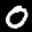
Label: 0